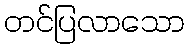
တင်ပြလာသော